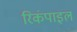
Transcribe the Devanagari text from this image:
रिकंपाइल